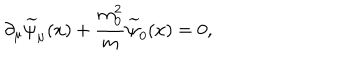
LaTeX: \partial _ { \mu } \widetilde { \psi } _ { \mu } ( x ) + \frac { m _ { 0 } ^ { 2 } } { m } \widetilde { \psi } _ { 0 } ( x ) = 0 ,